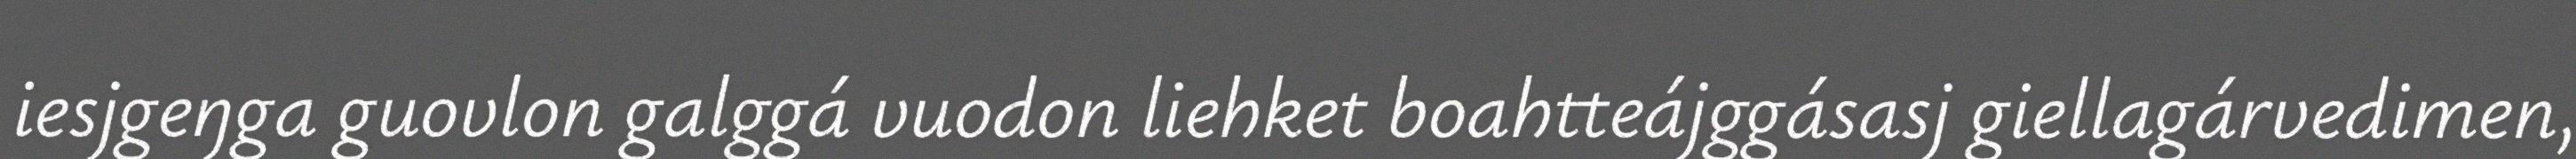
iesjgeŋga guovlon galggá vuodon liehket boahtteájggásasj giellagárvedimen,